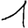
Digit: 1